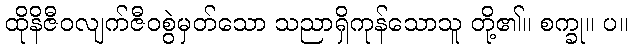
ထိုနိဇီဝလျက်ဇီဝစွဲမှတ်သော သညာရှိကုန်သောသူ တို့၏။ စက္ခု။ ပ။